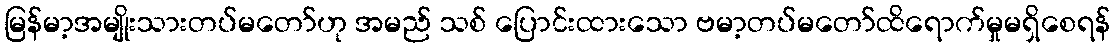
မြန်မာ့အမျိုးသားတပ်မတော်ဟု အမည် သစ် ပြောင်းထားသော ဗမာ့တပ်မတော်ထိရောက်မှုမရှိစေရန်